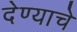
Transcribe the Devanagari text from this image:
देण्‍याचे